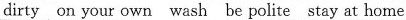
dirty on your own wash be polite stay at home